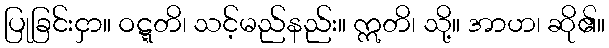
ပြုခြင်းငှာ။ ဝဋ္ဋတိ၊ သင့်မည်နည်း။ ဣတိ၊ သို့။ အာဟ၊ ဆို၏။